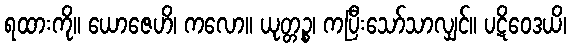
ရထားကို။ ယောဇေဟိ၊ ကလော။ ယုတ္တဉ္စ၊ ကပြီးသော်သာလျှင်။ ပဋိဝေဒယိ၊